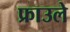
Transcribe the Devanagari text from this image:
फ्राउले